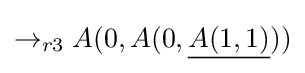
\rightarrow _{r3}A(0,A(0,{\underline {A(1,1)}}))